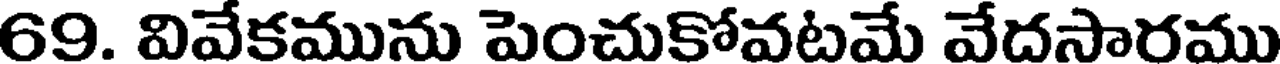
69. వివేకమును పెంచుకోవటమే వేదసారము